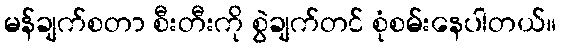
မန်ချက်စတာ စီးတီးကို စွဲချက်တင် စုံစမ်းနေပါတယ်။